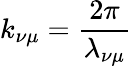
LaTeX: k_{\nu\mu}=\frac{2\pi}{\lambda_{\nu\mu}}